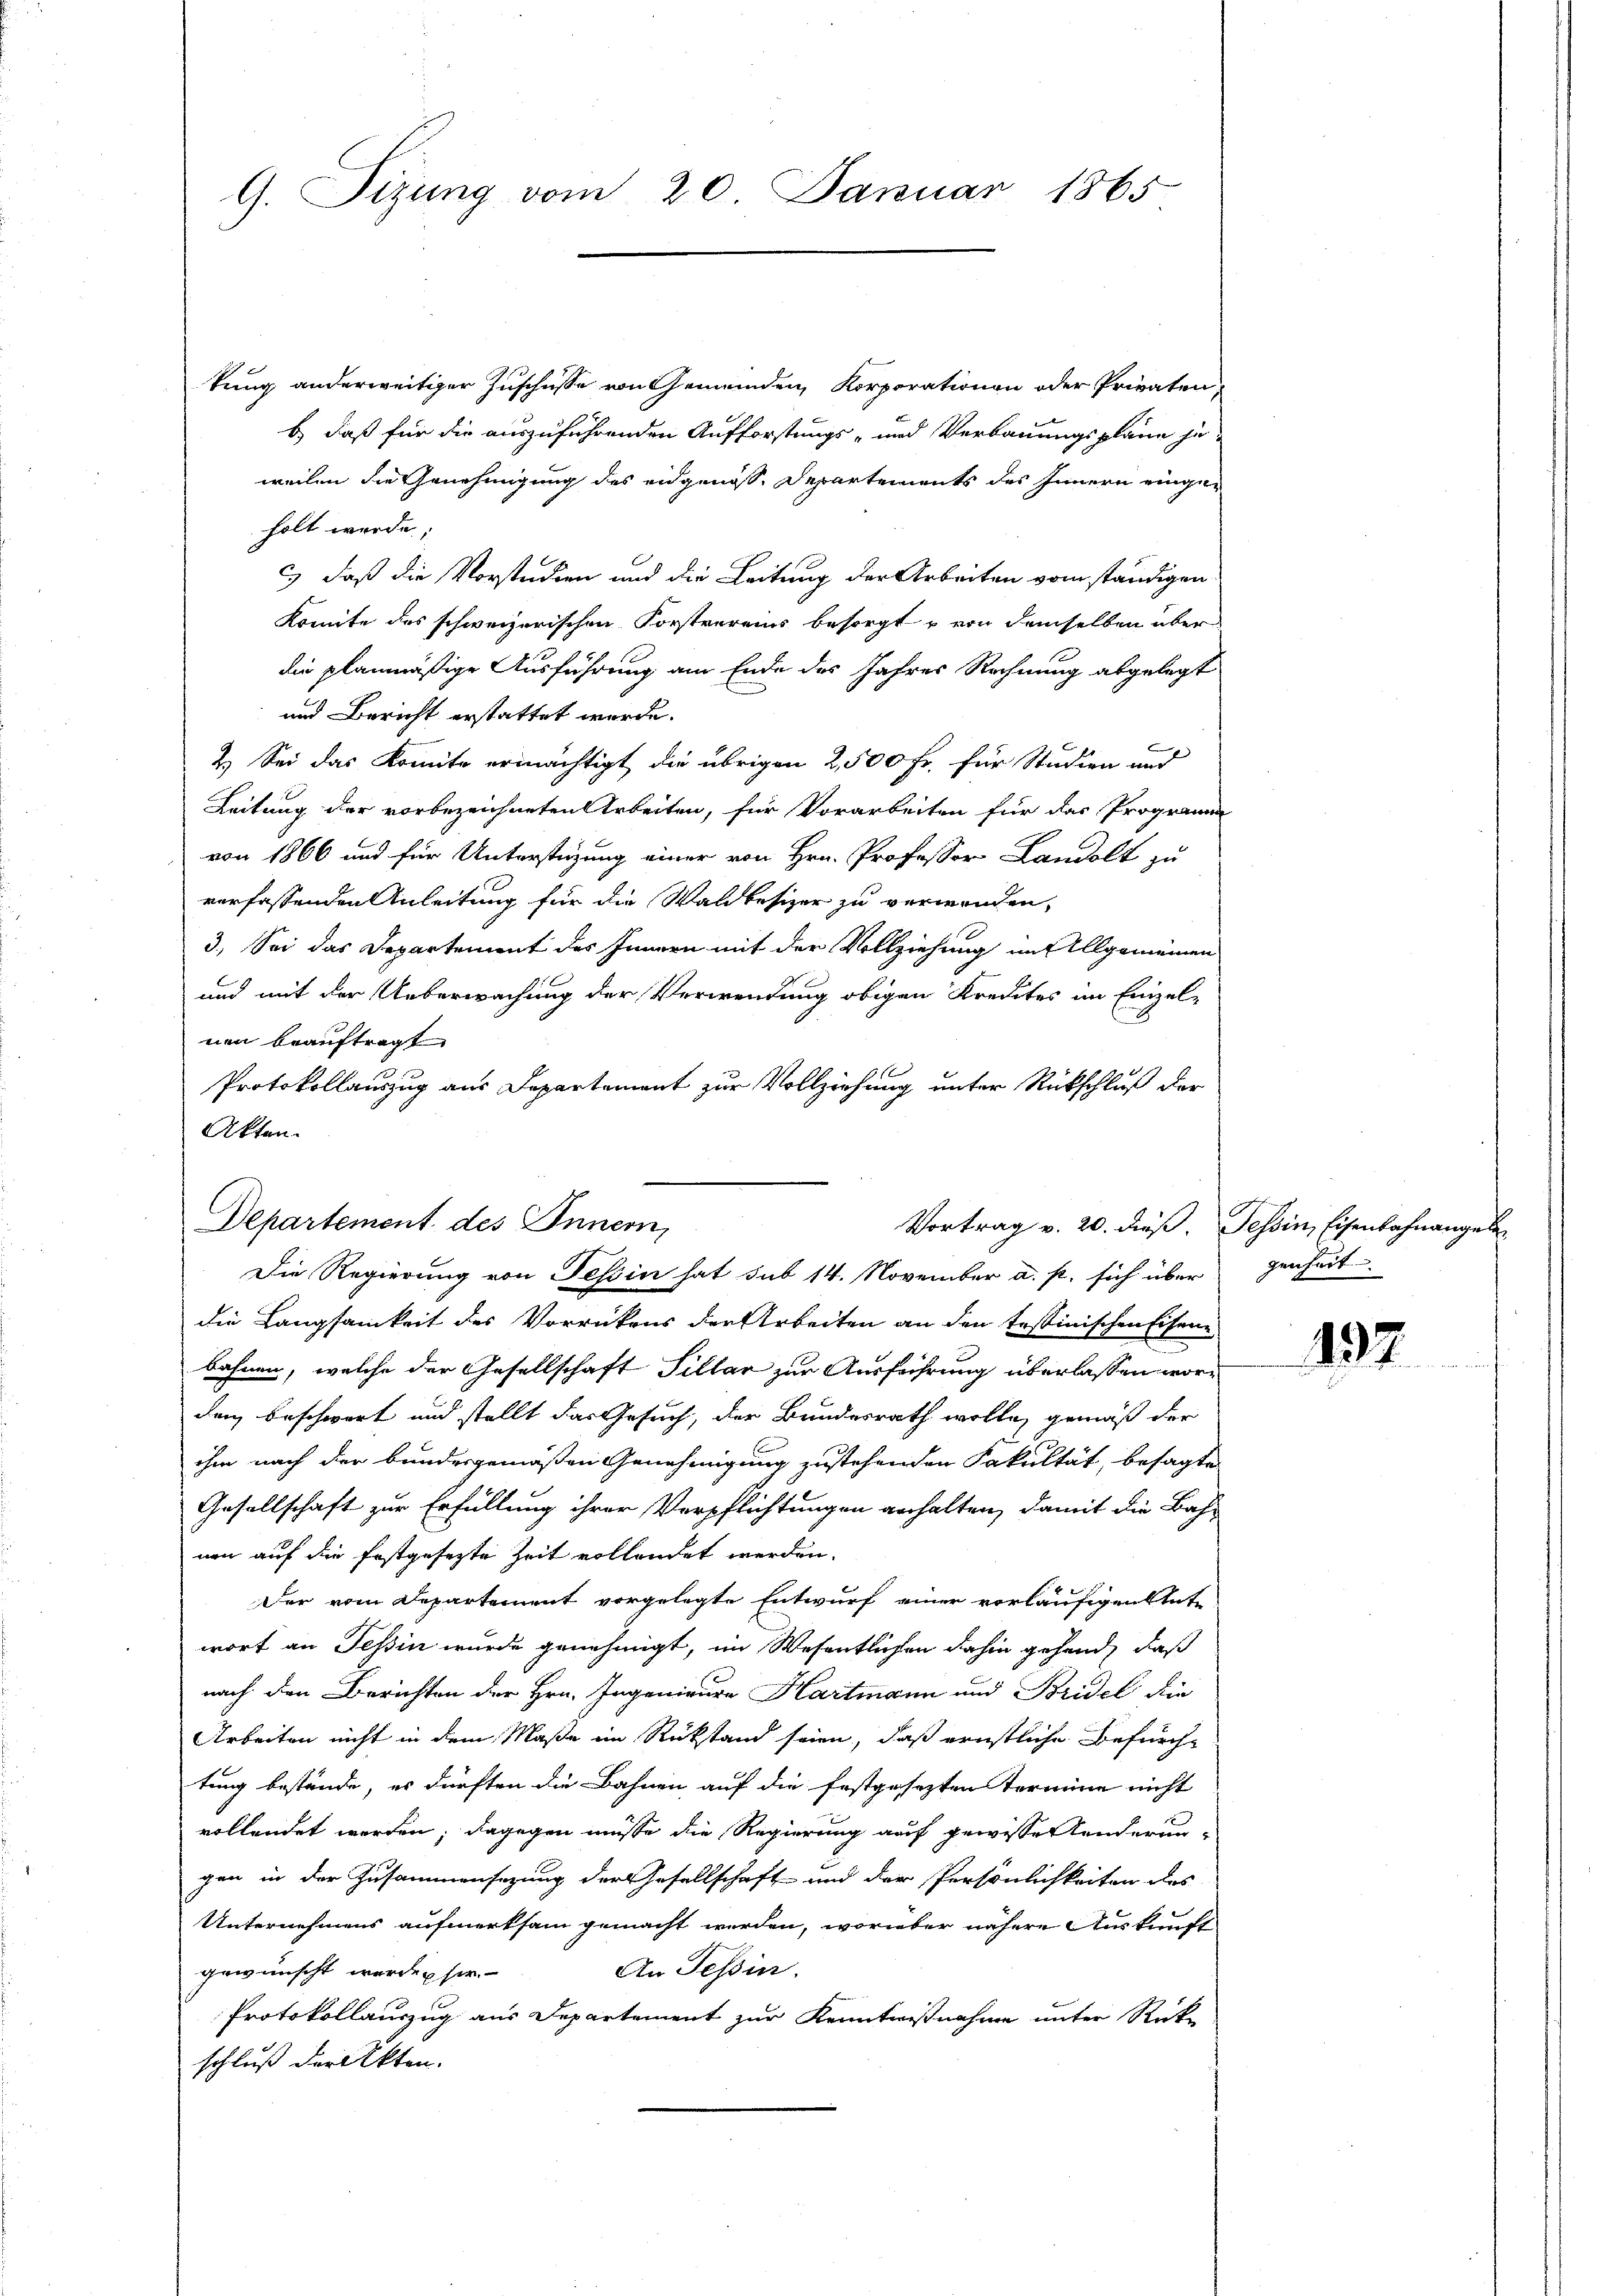
kung anderweitiger Zuschüsse von Gemeinden, Korporationen oder Privaten
b. daß für die auszuführenden Aufforstungs- und Verbauungsplane jeweilen die Genehmigung des angenosse Departements des Innern eingeholt wurde,
c.) daß die Vorstudien und die Leitung der Arbeiten vom ständigen
Komite des schweizerischen Forstvereins besorgt u von demselben über
die planmäßige Ausführung am Ende des Jahres Rechnung abgelegt
und Bericht erstattet wurde.
2.) Sei das Komite ermächtigt, die übrigen 2,500 Fr. für Studien und
Leitung der vorbezeichneten Arbeiten, für Vorarbeiten für das Programm
von 1866 und für Unterstüzung einer von Hrn. Professor Landolt zu
verfassenden Anleitung für die Waldbesizer zu verwenden,
3.) Sei das Departement des Innern mit der Vollziehung auf Allgemeinen
und mit der Ueberwachung der Verwendung obigen Kreistes im Einzel-
nen beauftragt.
Protokollauszug aus Departement zur Vollziehung unter Rückschluß der
Akten.

G. Sizung vom 20. Januar 1865

Departement des Innern,
Vortrag v. 20. dieß. Tessin, Eisenbahnange
Die Regierung von Tessin hat sub 14. November a. p. sich über

die Langsamkeit des Vorrückens der Arbeiten an den testinischen Eisenbahnen, welche der Gesellschaft Sillar zur Ausführung überlassen worden beschwert und stellt das Gesuch, der Bundesrath wolle, gemäß der
ihm nach der bundesgemäßen Genehmigung zustehenden Fakultät, besagte
Gesellschaft zur Erfüllung ihrer Verpflichtungen anhalten, damit die Bahn
nen auf die festgesezte Zeit vollendet werden.
Der vom Departement vorgelegte Entwurf einer vorläufigen Ante
wort an Tessin wurde genehmigt, im Wesentlichen dahin gehand, daß
nach den Berichten der Hrn. Ingenieure Hartmann und Bridel die
Arbeiten nicht in dem Maße im Rükstand seien, daß ernstliche Befurch-
tung bestände, es dürften die Bahnen auf die festgesezten Termine nicht
vollendet werden; dagegen müsse die Regierung auf gewisse standerungen in der Zusammensatzung der Gesellschaft und der Persönlichkeiten des
Unternehmens aufmerksam gemacht werden, worüber nähere Auskunft
An Tessin.
gewünscht werden sie
Protokollauszug aus Departement zur Kenntnisnahme unter Rücke
schluß der Akten.

genheit.

A

37